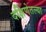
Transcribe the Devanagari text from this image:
दक्षिणेतल्या